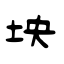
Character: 坱